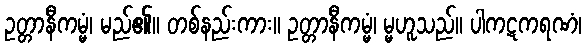
ဥတ္တာနီကမ္မံ၊ မည်၏။ တစ်နည်းကား။ ဥတ္တာနီကမ္မံ၊ မ္မဟူသည်။ ပါကဋကရဏံ၊